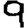
Digit: 9